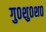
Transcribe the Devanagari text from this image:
गु०शु०श०